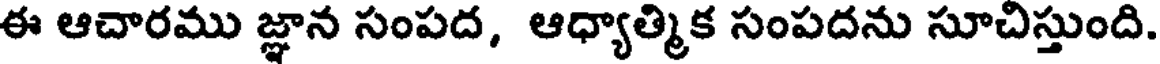
ఈ ఆచారము జ్ఞాన సంపద, ఆధ్యాత్మిక సంపదను సూచిస్తుంది.